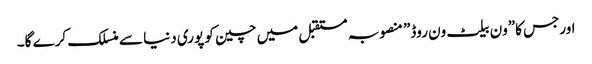
اورجس کا”ون بیلٹ ون روڈ” منصوبہ مستقبل میں چین کو پوری دنیا سے منسلک کرے گا۔